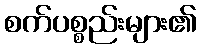
စက်ပစ္စည်းများ၏